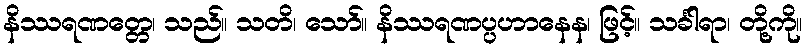
နိဿရဏတ္တေ၊ သည်။ သတိ၊ သော်။ နိဿရဏပ္ပဟာနေန၊ ဖြင့်။ သင်္ခါရာ၊ တို့ကို။